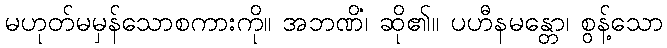
မဟုတ်မမှန်သောစကားကို။ အဘဏိံ၊ ဆို၏။ ပဟီနမန္တော၊ စွန့်သော